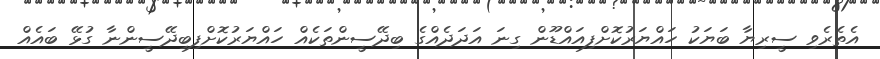
އެތެރެވި ސީރިޔާ ބަޔަކު ހައްޔަރުކޮށްފިއައްޑޫން ގިނަ އަދަދެއްގެ ބިދޭސީންތަކެއް ހައްޔަރުކޮށްފިބިދޭސީންނާ ގުޅޭ ބައެއް